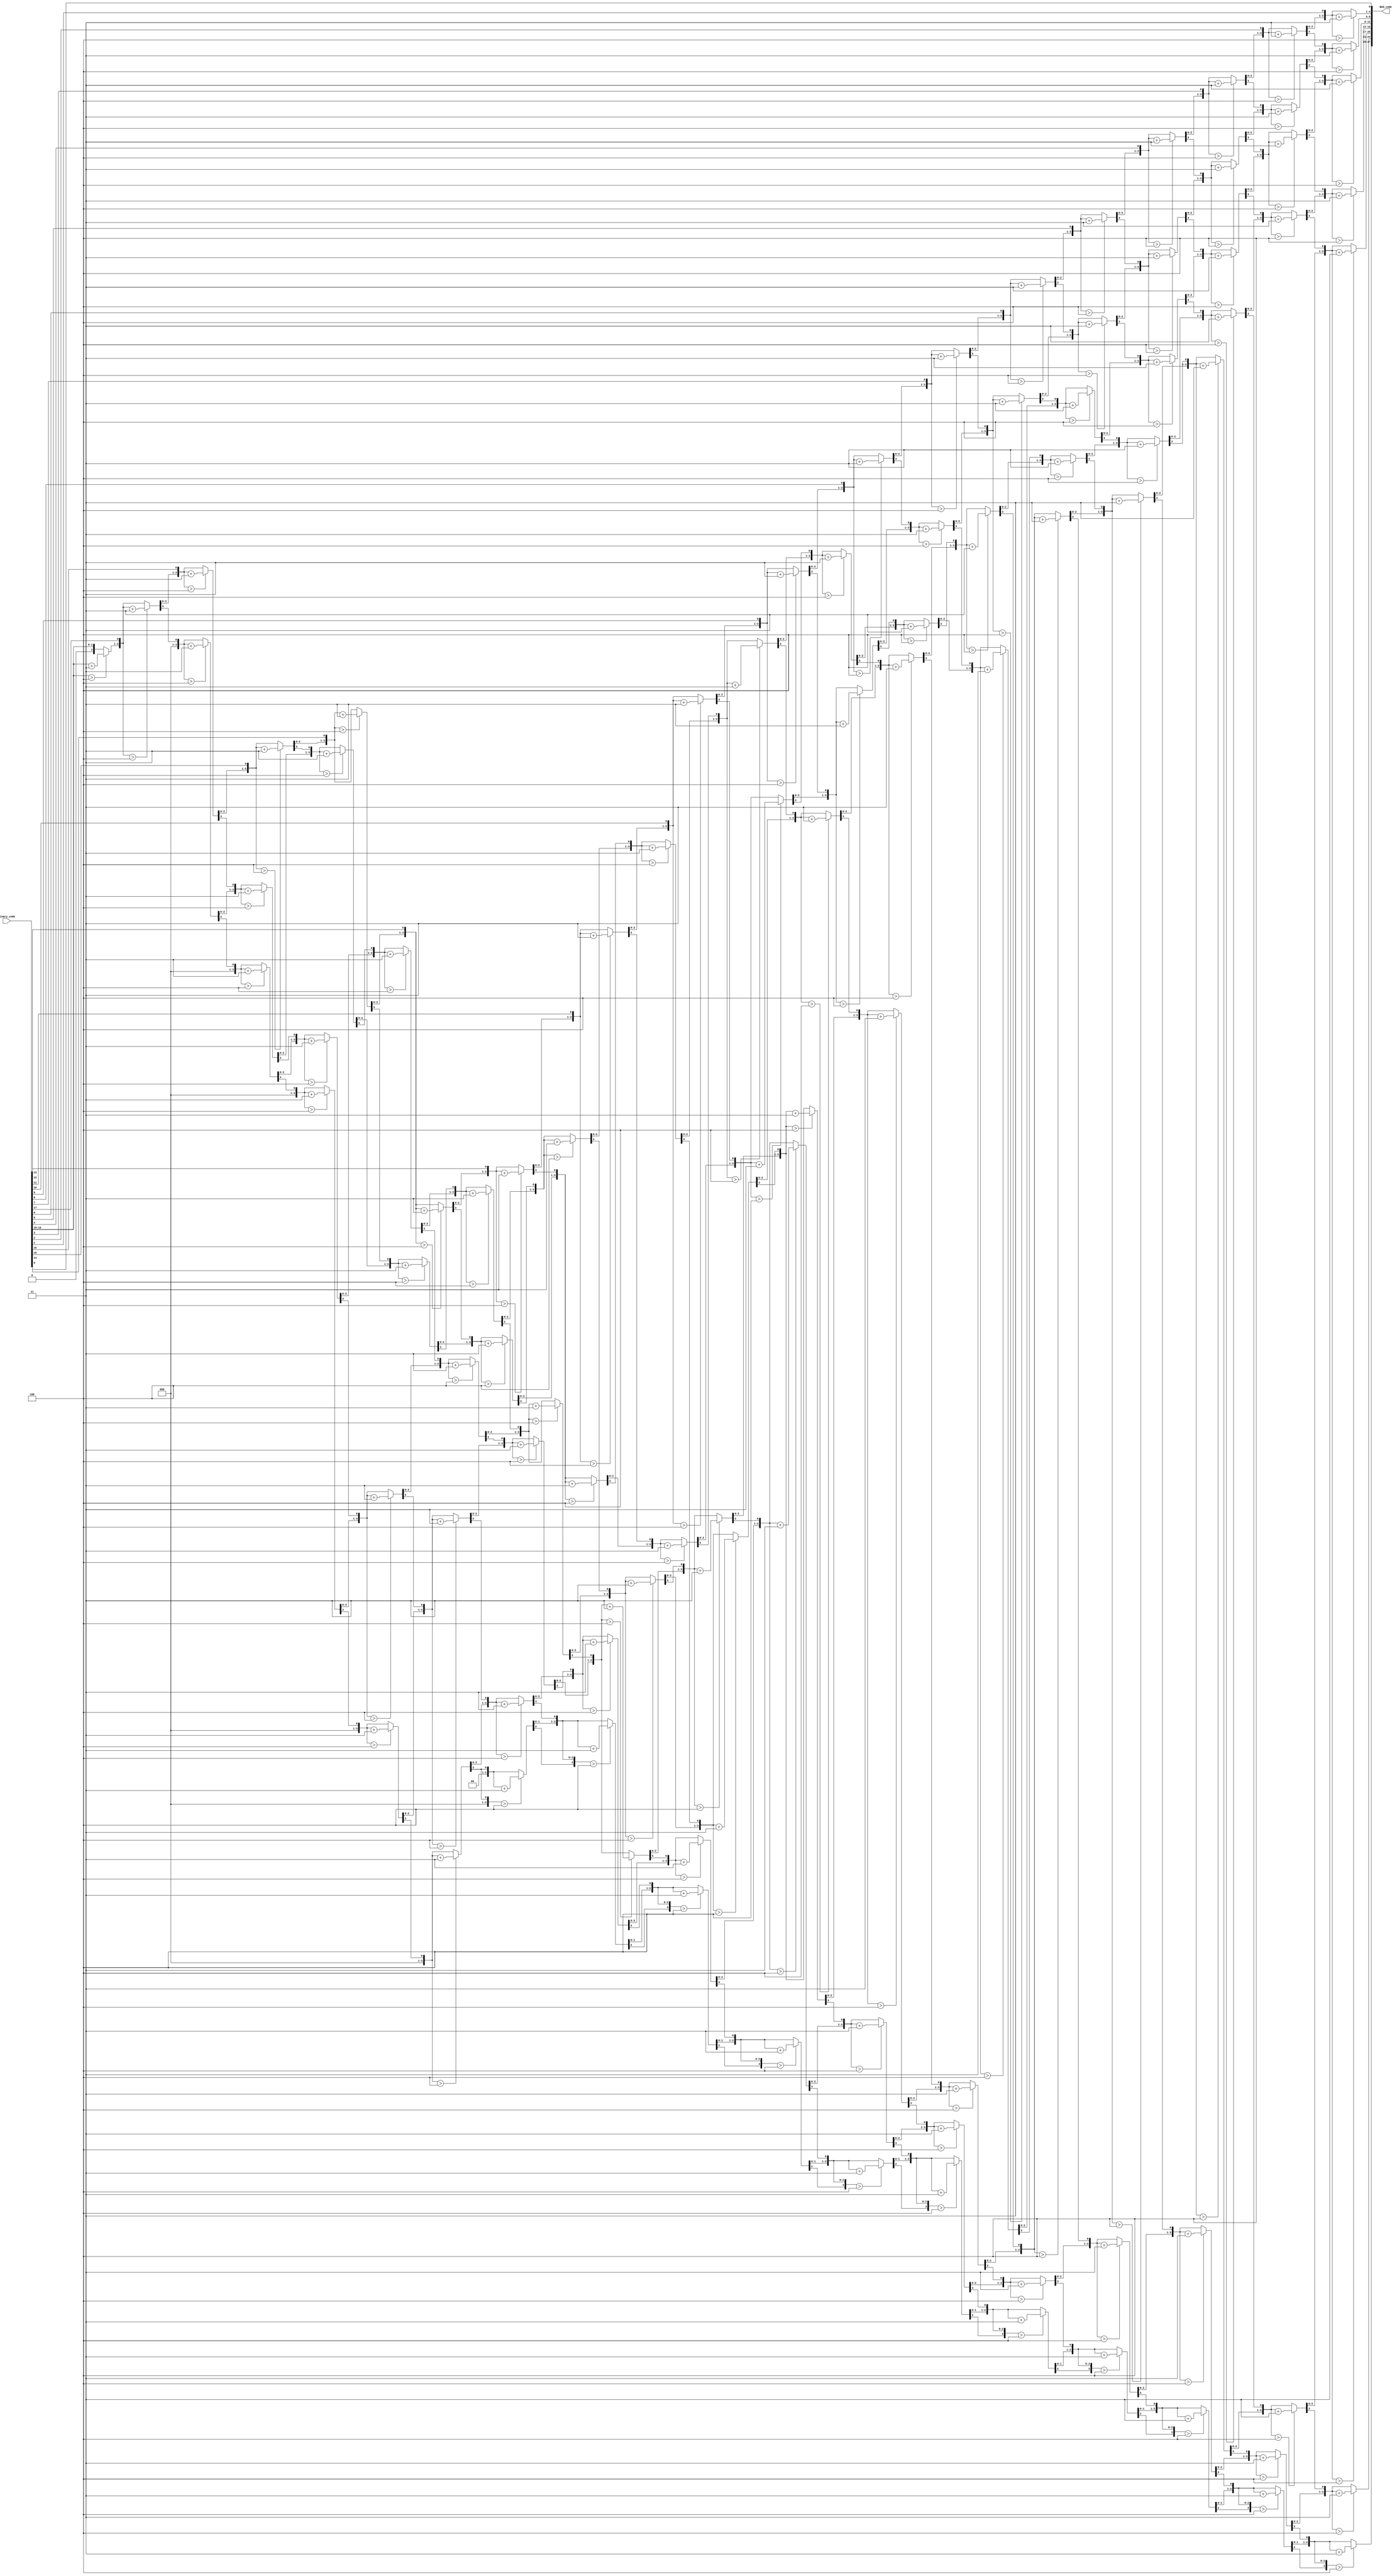
//############################################################################
//++++++++++++++++++++++++++++++++++++++++++++++++++++++++++++++++++++++++++++
//   Module Name : B2BCD_IP
//++++++++++++++++++++++++++++++++++++++++++++++++++++++++++++++++++++++++++++
//############################################################################

module B2BCD_IP #(parameter WIDTH = 20, parameter DIGIT = 7) (
    // Input signals
    Binary_code,
    // Output signals
    BCD_code
);

// ===============================================================
// Declaration
// ===============================================================
input  [WIDTH-1:0]   Binary_code;
output [DIGIT*4-1:0] BCD_code;
wire [DIGIT*4-1:0] bcd [WIDTH-1:0];
genvar i,j;
// ===============================================================
// Soft IP DESIGN
// ===============================================================
generate
for(i = 0; i < WIDTH-1  ; i = i + 1) begin
    for(j = 0; j < DIGIT ; j = j + 1) begin
        if(i==0) begin
            if(j==0)
                assign bcd[i][3:0] = {3'b000,Binary_code[WIDTH-1]};
            else
                assign bcd[i][j*4+3:j*4] = 4'b0000;
        end
        else begin
            if(j==0)
                assign bcd[i][3:0] = ({bcd[i-1][2:0],Binary_code[WIDTH-1-i]} > 4) ?
                                      {bcd[i-1][2:0],Binary_code[WIDTH-1-i]} + 4'd3 : {bcd[i-1][2:0],Binary_code[WIDTH-1-i]};
            else
                assign bcd[i][j*4+3:j*4] = (bcd[i-1][j*4+2:j*4-1] > 4) ?
                                            {bcd[i-1][j*4+2:j*4-1]} + 4'd3 : {bcd[i-1][j*4+2:j*4-1]};
        end
    end
end
endgenerate

assign BCD_code = (WIDTH==1)? Binary_code : {bcd[WIDTH-2][DIGIT*4-2:0],Binary_code[0]};

endmodule